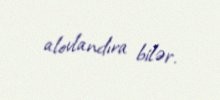
alovlandıra bilər.